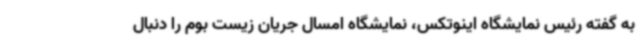
به گفته رئیس نمایشگاه اینوتکس، نمایشگاه امسال جریان زیست بوم را دنبال